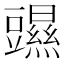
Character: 䝃